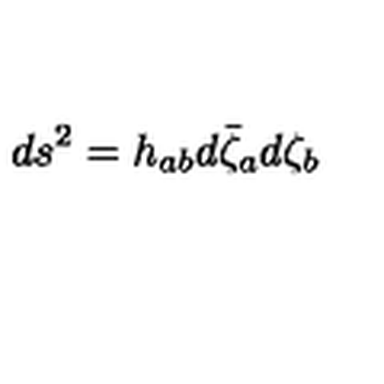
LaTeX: d s ^ { 2 } = h _ { a b } d \bar { \zeta } _ { a } d \zeta _ { b }